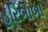
હરિબાબા